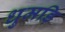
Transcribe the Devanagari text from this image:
धुमड़ि